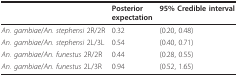
<table><thead><tr><td></td><td><b>Posterior expectation</b></td><td><b>95% Credible interval</b></td></tr></thead><tbody><tr><td><i>An. gambiae</i>/<i>An. stephensi </i>2R/2R</td><td>0.32</td><td>(0.20, 0.48)</td></tr><tr><td><i>An. gambiae</i>/<i>An. stephensi </i>2L/3L</td><td>0.54</td><td>(0.40, 0.71)</td></tr><tr><td><i>An. gambiae</i>/<i>An. funestus </i>2R/2R</td><td>0.44</td><td>(0.28, 0.55)</td></tr><tr><td><i>An. gambiae</i>/<i>An. funestus </i>2L/3R</td><td>0.94</td><td>(0.52, 1.65)</td></tr></tbody></table>